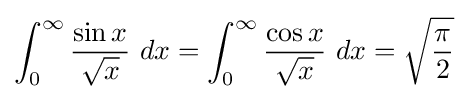
\int _{0}^{\infty }{\frac {\sin x}{\sqrt {x}}}\ dx=\int _{0}^{\infty }{\frac {\cos x}{\sqrt {x}}}\ dx={\sqrt {\frac {\pi }{2}}}